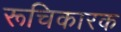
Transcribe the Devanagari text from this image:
रूचिकारक